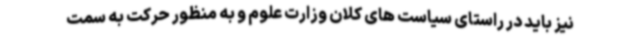
نیز باید در راستای سیاست های کلان وزارت علوم و به منظور حرکت به سمت